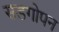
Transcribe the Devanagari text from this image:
सडगोपन